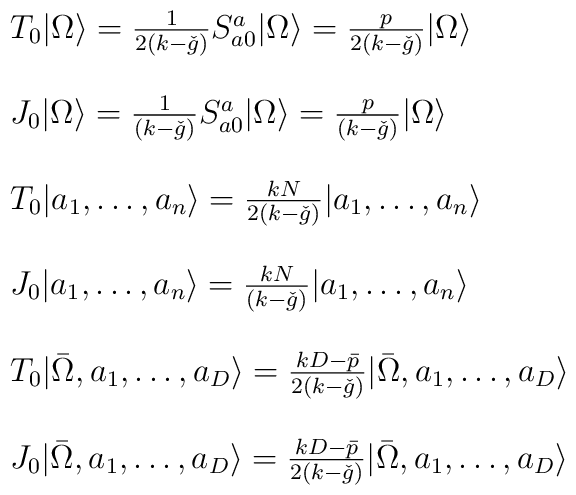
\begin{array}{l}T_{0} | \Omega \rangle = \frac{1}{2(k-\check{g})} S^{a}_{a0} | \Omega\rangle = \frac{p}{2(k-\check{g})}  | \Omega \rangle \\\  \\J_{0} | \Omega \rangle =  \frac{1}{(k-\check{g})} S^{a}_{a0} | \Omega\rangle = \frac{p}{(k-\check{g})}  | \Omega \rangle \\\  \\T_{0} |  a_{1}, \ldots, a_{n} \rangle = \frac{kN}{2(k-\check{g})}|  a_{1}, \ldots, a_{n} \rangle \\\  \\J_{0} |  a_{1}, \ldots, a_{n} \rangle =  \frac{kN}{(k-\check{g})}|  a_{1}, \ldots, a_{n} \rangle \\\  \\T_{0} | \bar{\Omega}, a_{1}, \ldots, a_{D} \rangle =\frac{kD-\bar{p}}{2(k-\check{g})}| \bar{\Omega}, a_{1},\ldots, a_{D} \rangle \\\  \\J_{0} | \bar{\Omega}, a_{1}, \ldots, a_{D} \rangle =\frac{kD-\bar{p}}{2(k-\check{g})}| \bar{\Omega}, a_{1}, \ldots, a_{D} \rangle\end{array}